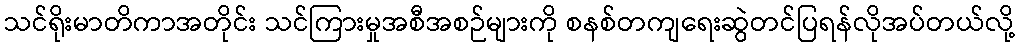
သင်ရိုးမာတိကာအတိုင်း သင်ကြားမှုအစီအစဉ်များကို စနစ်တကျရေးဆွဲတင်ပြရန်လိုအပ်တယ်လို့